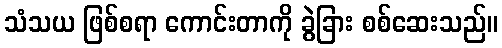
သံသယ ဖြစ်စရာ ကောင်းတာကို ခွဲခြား စစ်ဆေးသည်။